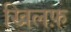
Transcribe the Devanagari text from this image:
खिलफ़